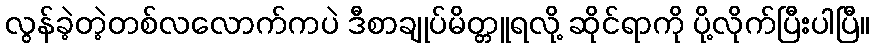
လွန်ခဲ့တဲ့တစ်လလောက်ကပဲ ဒီစာချုပ်မိတ္တူရလို့ ဆိုင်ရာကို ပို့လိုက်ပြီးပါပြီ။